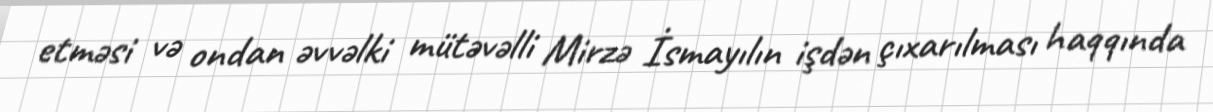
etməsi və ondan əvvəlki mütəvəlli Mirzə İsmayılın işdən çıxarılması haqqında